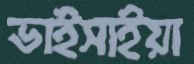
ভাইসাইয়া